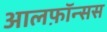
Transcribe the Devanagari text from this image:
आलफ़ॉन्सस